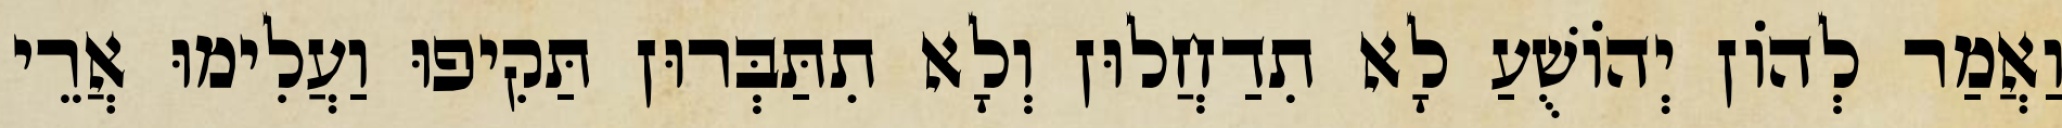
וַאֲמַר לְהוֹן יְהוֹשֻׁעַ לָא תִדַחֲלוּן וְלָא תִתַּבְּרוּן תַּקִיפוּ וַעֲלִימוּ אֲרֵי